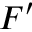
F ^ { \prime }